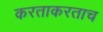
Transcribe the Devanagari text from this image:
करताकरताच